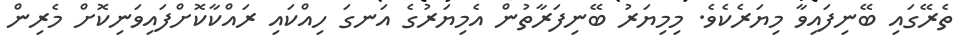
ތެރޭގައި ބޭނިފައިވާ މިޔަރެކެވެ. މިމިޔަރު ބޭނިފަރާތުން އެމިޔަރުގެ އަނގަ ހިއްކައި ރައްކާކޮށްފައިވަނިކޮށް މެރިން